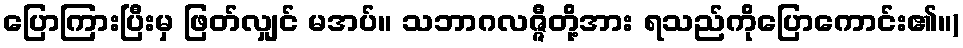
ပြောကြားပြီးမှ ဖြတ်လျှင် မအပ်။ သဘာဂလဇ္ဇီတို့အား ရသည်ကိုပြောကောင်း၏။)